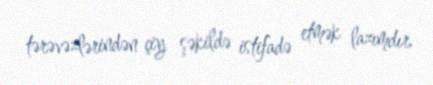
tərəvəzlərindən çiy şəkildə istifadə etmək lazımdır.